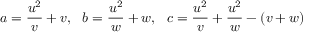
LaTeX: a = { \frac { u ^ { 2 } } { v } } + v , \ \ b = { \frac { u ^ { 2 } } { w } } + w , \ \ c = { \frac { u ^ { 2 } } { v } } + { \frac { u ^ { 2 } } { w } } - ( v + w )